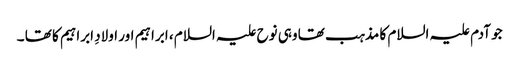
جو آدم علیہ السلام کا مذہب تھا وہی نوح علیہ السلام ، ابراہیم اور اولادِ ابراہیم کا تھا ۔